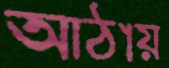
আঠায়